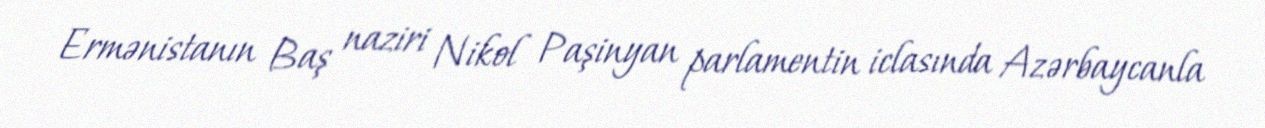
Ermənistanın Baş naziri Nikol Paşinyan parlamentin iclasında Azərbaycanla